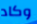
وكاد